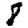
Digit: 8